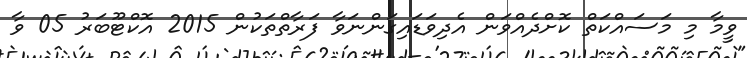
ވީމާ މި މަސައްކަތް ކޮށްދެއްވަން އެދިވަޑައިގަންނަވާ ފަރާތްތަކުން 2015 އޮކްޓޫބަރު 05 ވާ